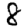
Digit: 8